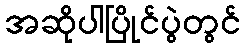
အဆိုပါပြိုင်ပွဲတွင်